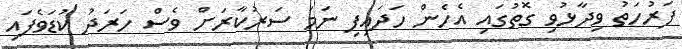
ފަރުހަތު ވިދާޅުވި ގޮތުގައި އެހެން ހަދައިފި ނަމަ ސަރުކާރަށް ވެސް ހަރަދު ކުޑަވެފައި